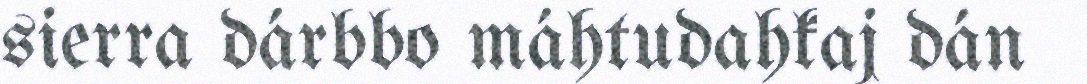
sierra dárbbo máhtudahkaj dán